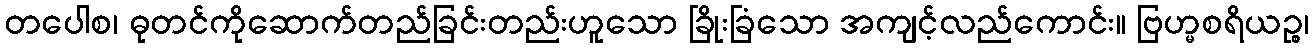
တပေါစ၊ ဓုတင်ကိုဆောက်တည်ခြင်းတည်းဟူသော ခြိုးခြံသော အကျင့်လည်ကောင်း။ ဗြဟ္မစရိယဉ္စ၊